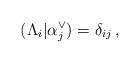
LaTeX: \begin{align*} (\Lambda_i|\alpha_j^\vee) = \delta_{ij} \,,\end{align*}